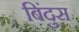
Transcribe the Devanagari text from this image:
बिंदुस